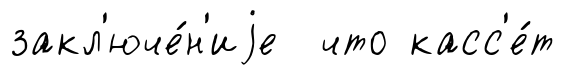
закл'юче́н'иjе что касс'е́т